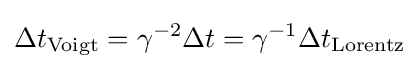
\Delta t_{\text{Voigt}}=\gamma ^{-2}\Delta t=\gamma ^{-1}\Delta t_{\text{Lorentz}}